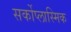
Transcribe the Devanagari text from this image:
सर्कोप्लास्मिक